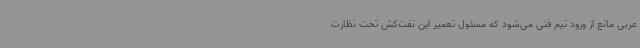
عربی مانع از ورود تیم فنی می‌شود که مسئول تعمیر این نفت‌کش تحت نظارت